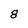
Character: 8